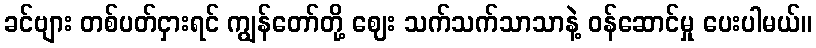
ခင်ဗျား တစ်ပတ်ငှားရင် ကျွန်တော်တို့ ဈေး သက်သက်သာသာနဲ့ ဝန်ဆောင်မှု ပေးပါမယ်။